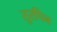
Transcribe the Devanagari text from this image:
तुरपिन